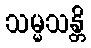
သမ္မသန္တိ